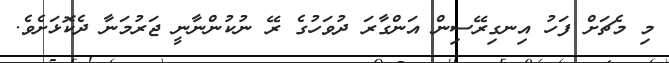
މި މެޗަށް ފަހު އިނގިރޭސިން އަންގާރަ ދުވަހުގެ ރޭ ނުކުންނާނީ ޖަރުމަނާ ދެކޮޅަށެވެ.